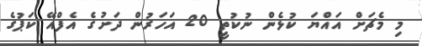
މި މެޗަށް އައްޔަ ކުޅެން ނުކުތީ 20 އަހަރުން ދަށުގެ އެފްއޭ ކަޕުގެ